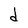
Character: d